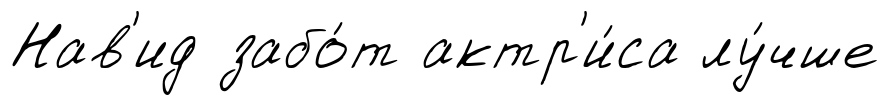
Нав'ид забо́т актр'и́са лу́чше